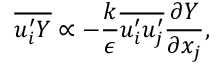
\overline { { u _ { i } ^ { \prime } Y } } \propto - \frac { k } { \epsilon } \overline { { u _ { i } ^ { \prime } u _ { j } ^ { \prime } } } \frac { \partial Y } { \partial x _ { j } } ,